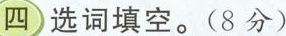
四)选词填空。(8分)